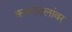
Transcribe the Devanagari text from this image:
कमलदलांवर